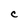
Character: C